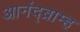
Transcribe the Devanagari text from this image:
आनंद्ब्राम्ह